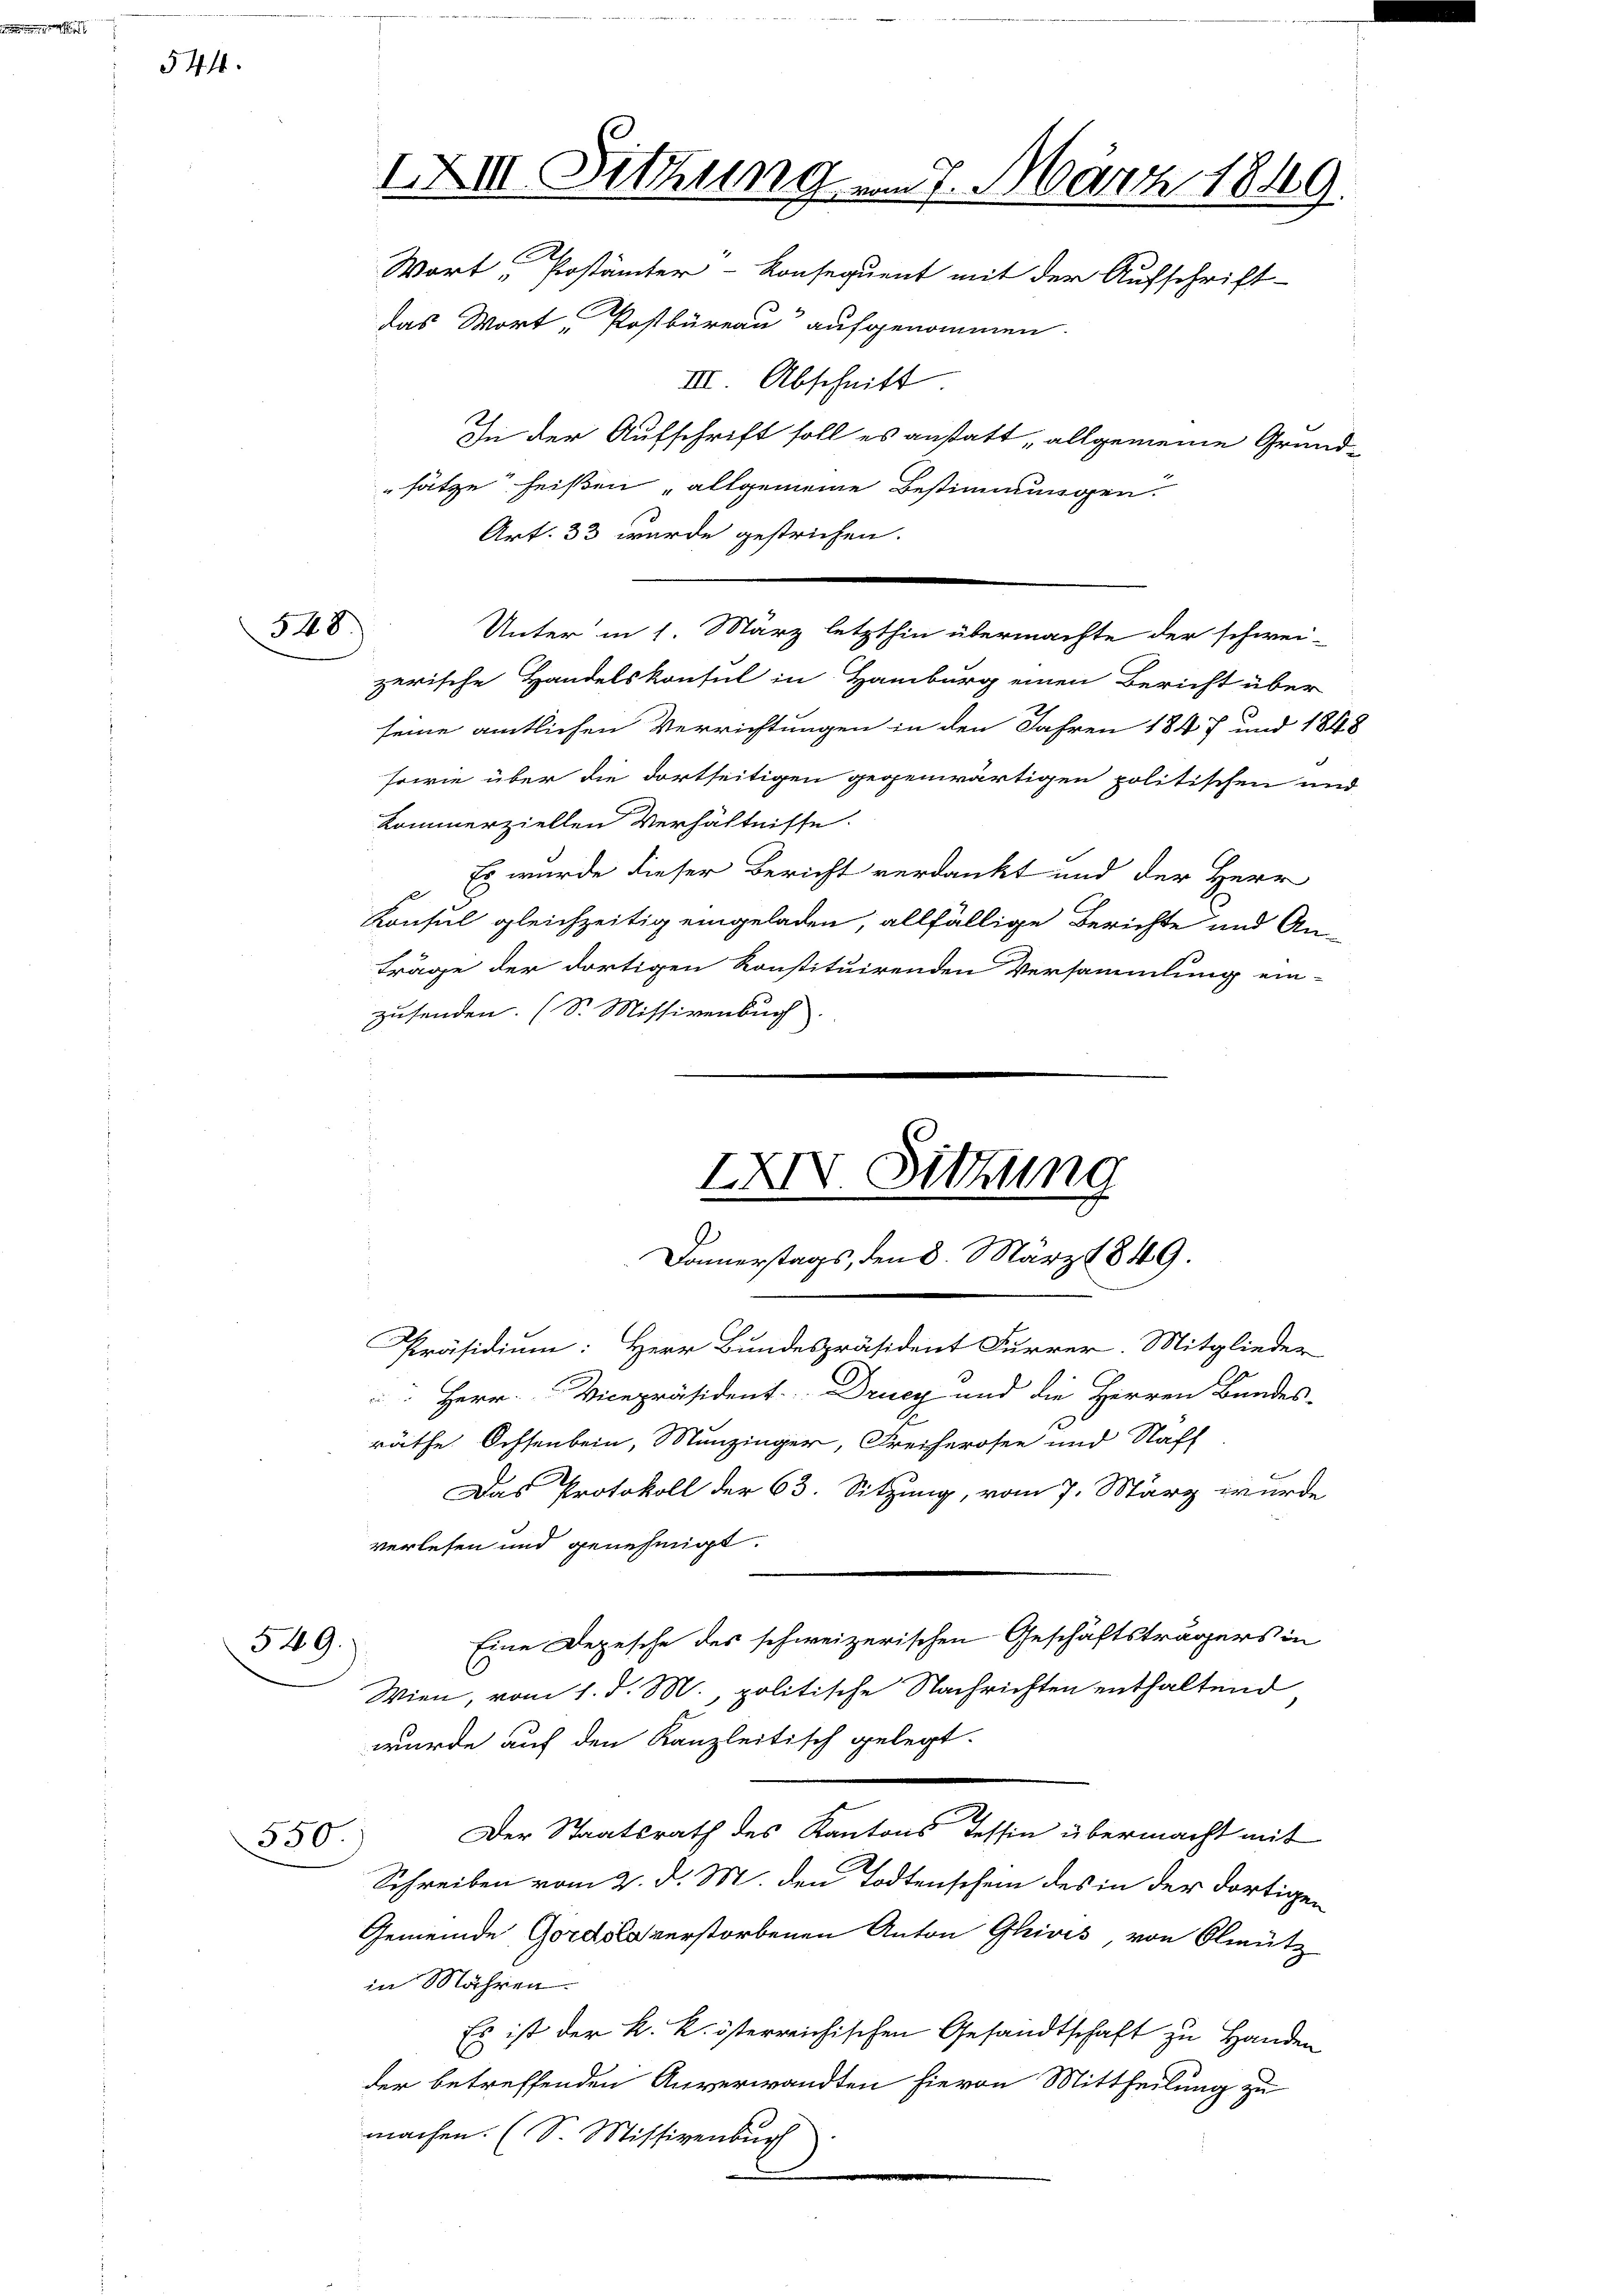
544.

548.

549.)

III. Abschnitt
In der Aufschrift soll es anstatt, allgemeine Grundsätze heißen allgemeine Bestimmungen.
Art. 33 wurde gestrichen.
Unter in 1 März letzthin übermachte der schwei-
zerische Handelskonsul in Hamburg einen Bericht über
seine amtlichen Verrichtungen in den Jahren 1847 und 1848
sowie über die dortseitigen gegenwärtigen politischen und
kommerziellen Verhältnisse.
 Es wurde dieser Bericht verdankt und der Herr
Konsul gleichzeitig eingeladen allfällige Berichte und An-
träge der dortigen konstituirenden Versammlung ein-
zusenden. (S. Missivenbuch

IXIII. Sitzung vom 7. März 1849
Wort „Postämter-Konsequent mit der Aufschrift-
das Wort, Postbüreau aufgenommen.

g
Donnerstags, den 8. März 1849.

XXXV. Sitzung

Präsidium: Herr Bundespräsident Furrer. Mitglieder
Herr Vicepräsident Drucy und die Herren Bandes-
räthe. Ochsenbein, Munzinger, Freiherosen und Naff
Das Protokoll der 63. Sitzung, vom 7. März wurde
verlesen und genehmigt.
Eine Depesche des schweizerischen Geschäftsträgers in
Wien, vom 1. d. M., politische Nachrichten enthaltend
wurde auf den Kanzleitisch gelegt.
Der Staatsrath des Kantons Tessin übermacht mit
550.
Schreiben vom 2. d. M. den Todtenschein des in der dortigen
Gemeinde Gordslaverstorbenen Anton Glivis, von Olmütz
in Mähren.
Es ist der k. k. österreichischen Gesandtschaft zu Handen
der betreffenden Anverwandten hievon Mittheilung zu
machen. (S. Missivenburch